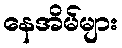
နေအိမ်များ